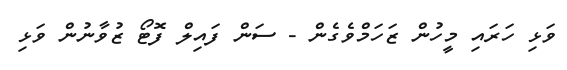
ވަޅި ހަރައި މީހުން ޒަހަމްވެގެން - ސަން ފައިލް ފޮޓޯ ޒުވާނުން ވަޅި